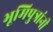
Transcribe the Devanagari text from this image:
भूमिपुत्रांनी